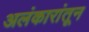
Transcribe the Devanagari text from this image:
अलंकारांतून